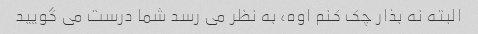
البته نه بذار چک کنم اوه، به نظر می رسد شما درست می گویید